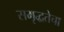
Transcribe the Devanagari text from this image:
समृद्धतेचा